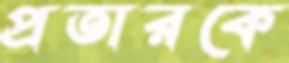
প্রতারকে